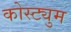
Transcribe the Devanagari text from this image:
कोस्ट्युम